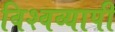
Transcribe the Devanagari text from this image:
विश्‍वव्‍यापी